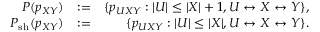
\begin{array} { r l r } { { \cal P } ( p _ { X Y } ) } & { : = } & { \{ p _ { U X Y } : \vert { \cal U } \vert \leq \vert { \cal X } \vert + 1 , U \leftrightarrow X \leftrightarrow Y \} , } \\ { { \cal P } _ { \mathrm { s h } } ( p _ { X Y } ) } & { : = } & { \{ p _ { U X Y } : \vert { \cal U } \vert \leq \vert { \cal X } \vert , U \leftrightarrow X \leftrightarrow Y \} . } \end{array}